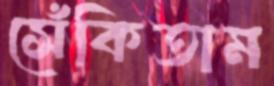
সেঁকিতাম